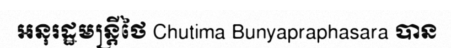
អនុរដ្ឋមន្ត្រីថៃ Chutima Bunyapraphasara បាន